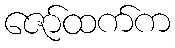
ဇော်ထက်က